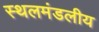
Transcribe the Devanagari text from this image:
स्थलमंडलीय